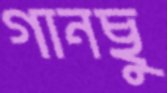
গানছু